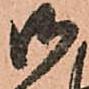
御